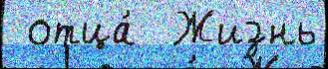
 отца́  Жизнь